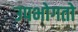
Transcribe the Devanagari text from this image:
उपभोगतो